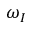
\omega _ { I }